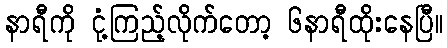
နာရီကို ငုံ့ကြည့်လိုက်တော့ ၆နာရီထိုးနေပြီ။